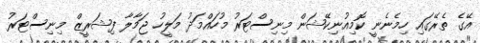
އޭގެ ތެރޭގައި ހިމެނެނީ ކޮމިއުނިކޭޝަން މިނިސްޓަރު މުހައްމަދު މަލީހު ޖަމާލާ ފިޝަރީޒް މިނިސްޓަރު